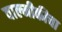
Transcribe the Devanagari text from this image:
वाल्मीकीचा